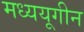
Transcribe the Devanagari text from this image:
मध्ययूगीन